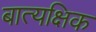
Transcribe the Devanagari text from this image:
बात्यक्षिक